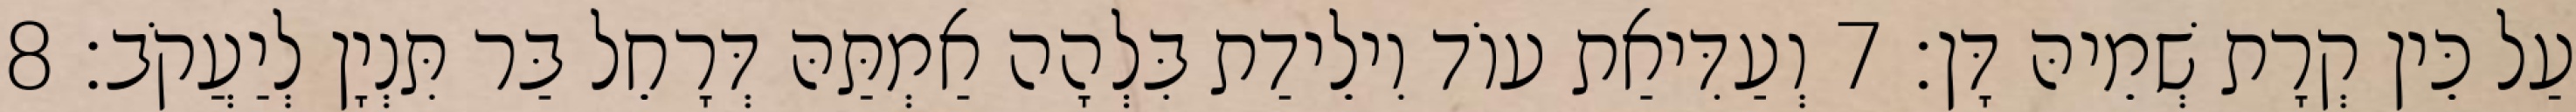
עַל כֵּין קְרָת שְׁמֵיהּ דָּן׃ 7 וְעַדִּיאַת עוֹד וִילֵידַת בִּלְהָה אַמְתַּהּ דְּרָחֵל בַּר תִּנְיָן לְיַעֲקֹב׃ 8